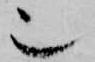
也